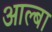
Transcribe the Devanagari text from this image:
आल्बा